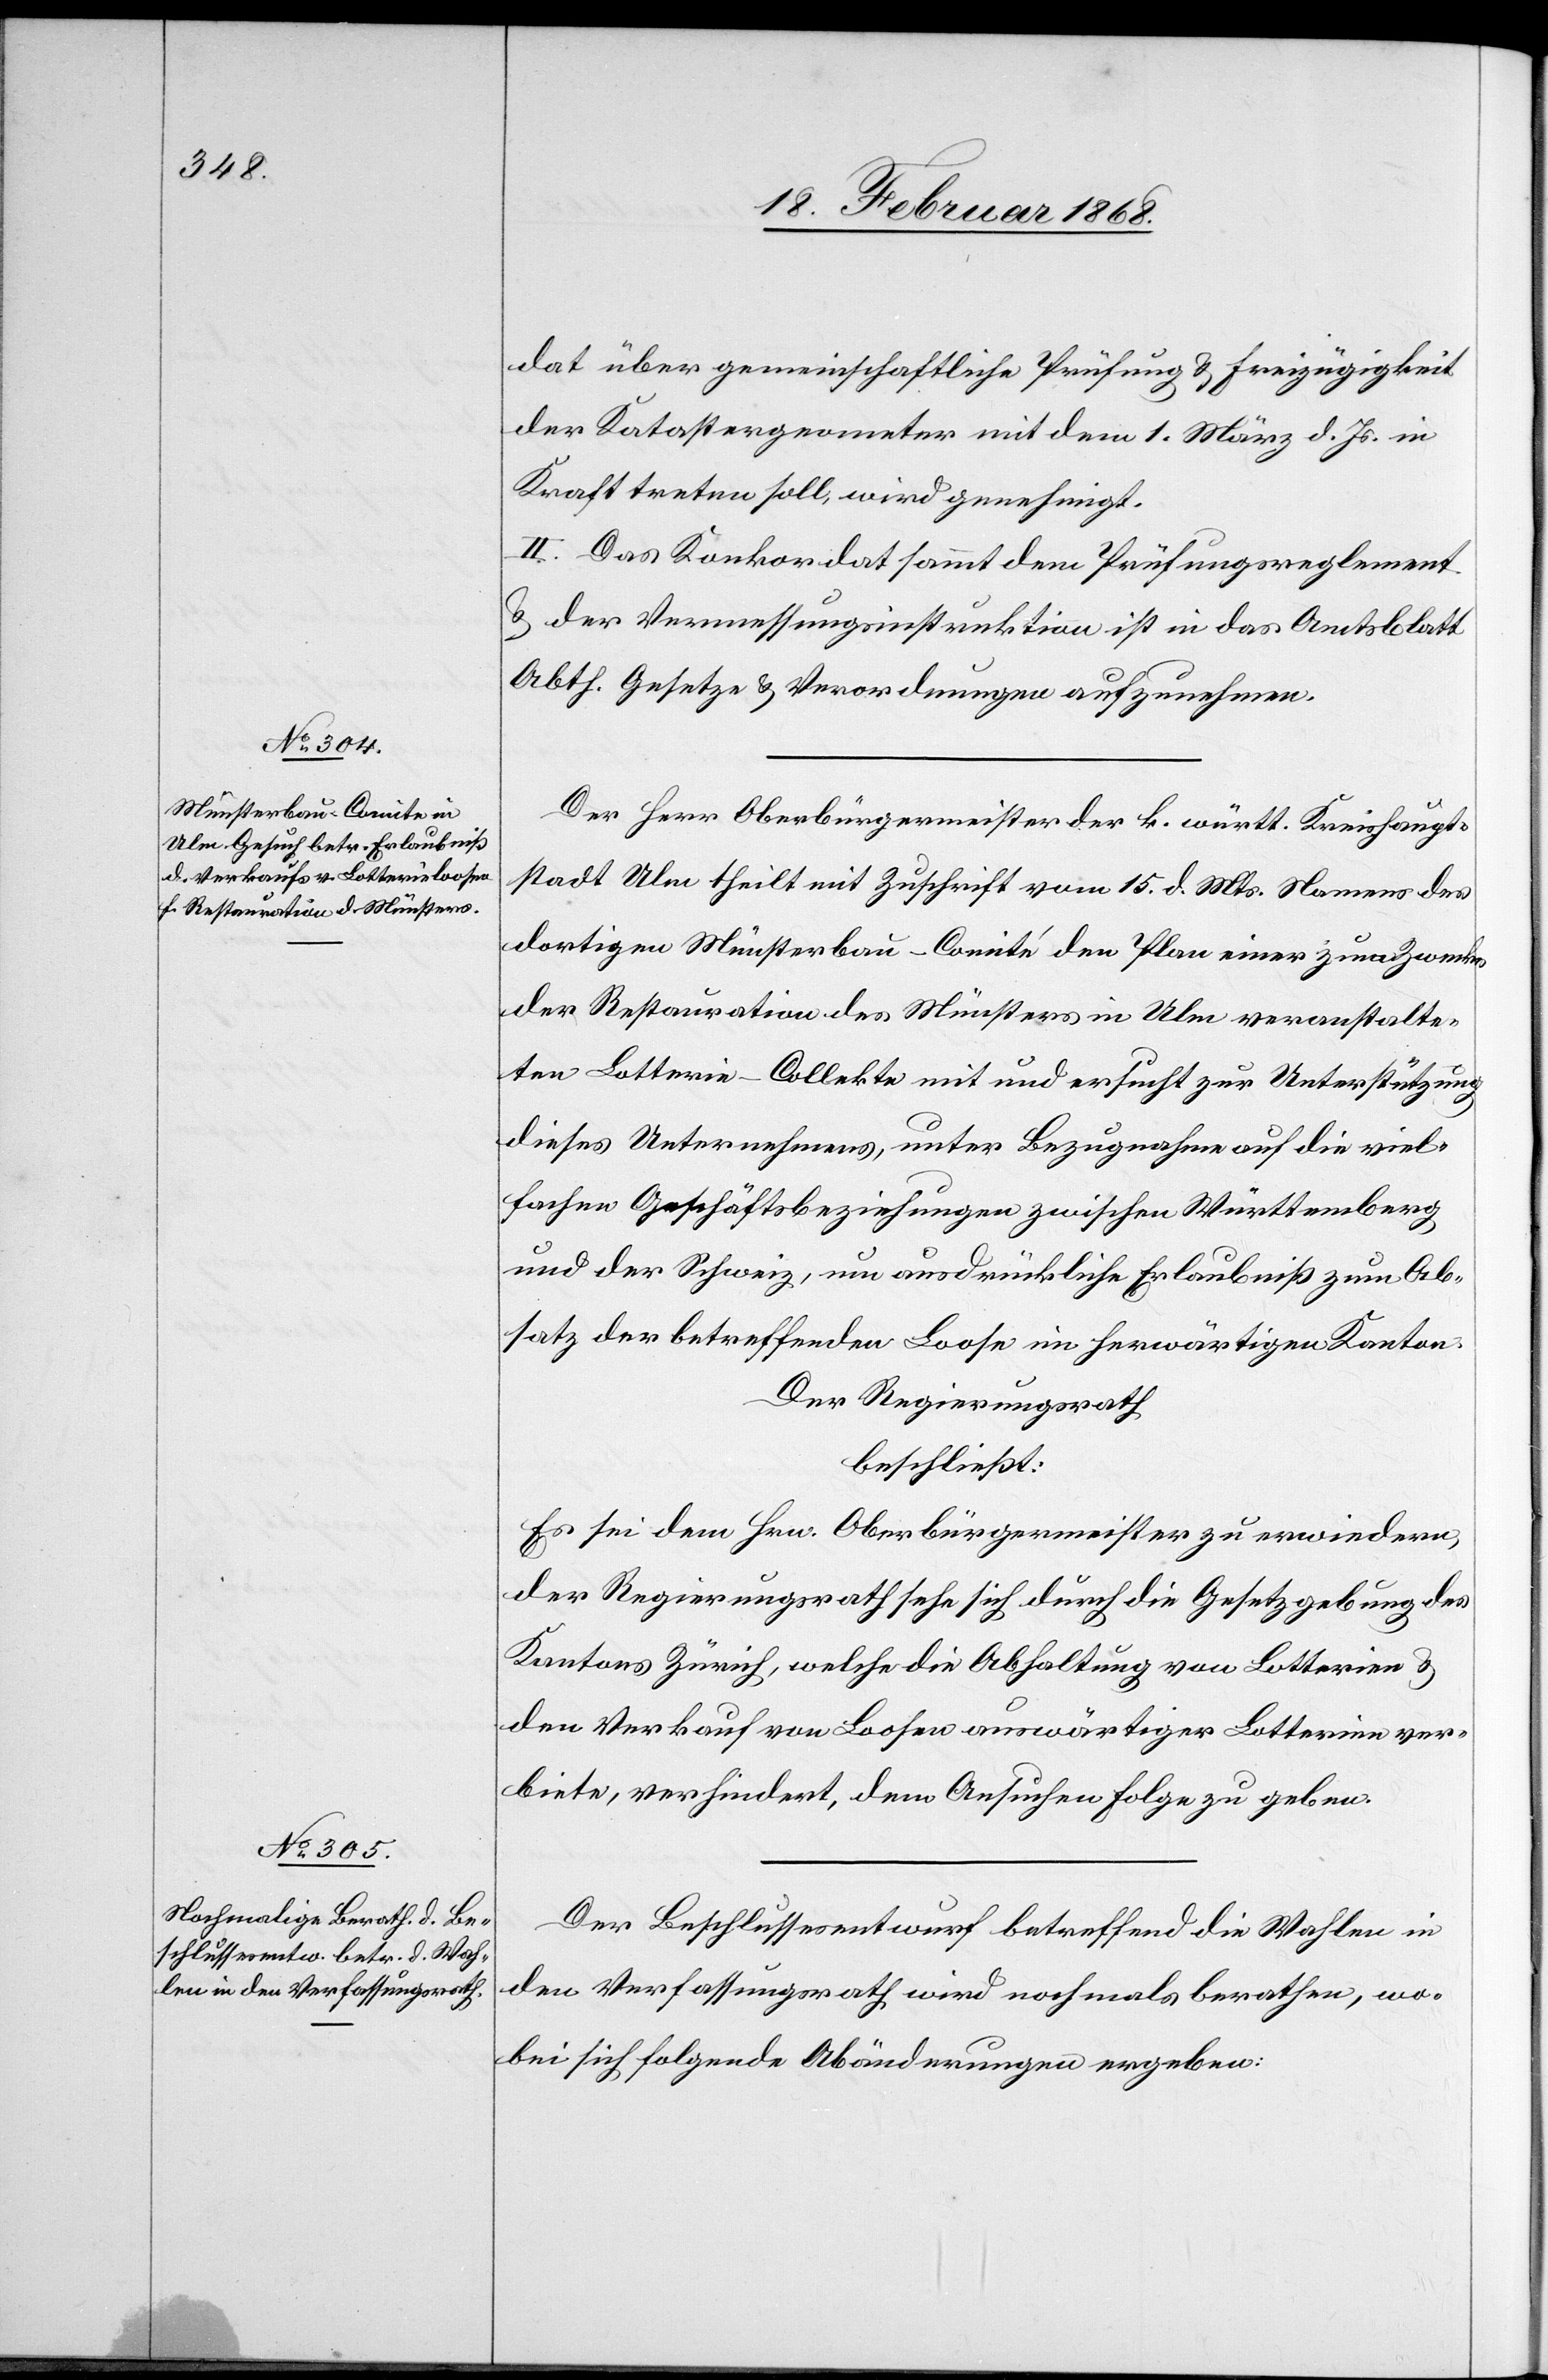
dat über gemeinschaftliche Prüfung & Freizügigkeit
der Katastergeometer mit dem 1. März d. Js. in
Kraft treten soll, wird genehmigt.
II. Das Konkordat sammt dem Prüfungsreglement
& der Vermessungsinstruktion ist in das Amtsblatt
Abth. Gesetze & Verordnungen aufzunehmen.
Der Herr Oberbürgermeister der k. württ. Kreishaupt¬
stadt Ulm theilt mit Zuschrift vom 15. d. Mts. Namens des
dortigen Münsterbau-Comité den Plan einer zum Zwecke
der Restauration des Münsters in Ulm veranstalte¬
ten Lotterie-Collekte mit und ersucht zur Unterstützung
dieses Unternehmens, unter Bezugnahme auf die viel¬
fachen Geschäftsbeziehungen zwischen Württemberg
und der Schweiz, um ausdrückliche Erlaubniß zum Ab¬
satz der betreffenden Loose im herwärtigen Kanton.
Der Regierungsrath
beschließt:
Es sei dem Hrn. Oberbürgermeister zu erwiedern,
der Regierungsrath sehe sich durch die Gesetzgebung des
Kantons Zürich, welche die Abhaltung von Lotterien &
den Verkauf von Loosen auswärtiger Lotterien ver¬
biete, verhindert, dem Ansuchen Folge zu geben.
Der Beschlussesentwurf betreffend die Wahlen in
den Verfassungsrath wird nochmals berathen, wo¬
bei sich folgende Abänderungen ergeben: